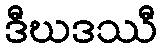
ဒီဃဒဿီ